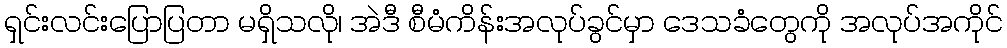
ရှင်းလင်းပြောပြတာ မရှိသလို၊ အဲဒီ စီမံကိန်းအလုပ်ခွင်မှာ ဒေသခံတွေကို အလုပ်အကိုင်